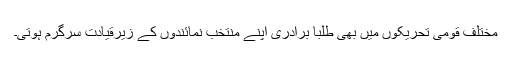
مختلف قومی تحریکوں میں بھی طلبا برادری اپنے منتخب نمائندوں کے زیرِقیادت سرگرم ہوتی۔